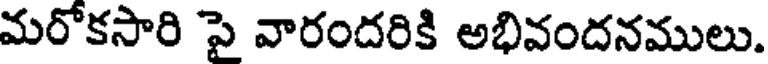
మరోకసారి పై వారందరికి అభివందనములు.